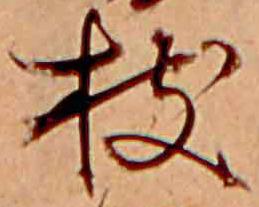
枝